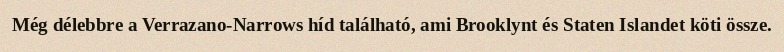
Még délebbre a Verrazano-Narrows híd található, ami Brooklynt és Staten Islandet köti össze.